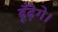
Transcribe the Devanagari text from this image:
ढूँढ़ेगे।